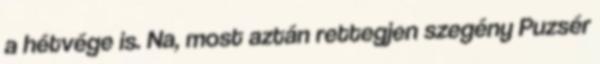
a hétvége is. Na, most aztán rettegjen szegény Puzsér